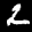
Label: 2